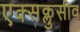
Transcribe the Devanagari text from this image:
एक्सक्लुसीव